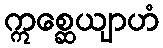
ဣစ္ဆေယျာဟံ